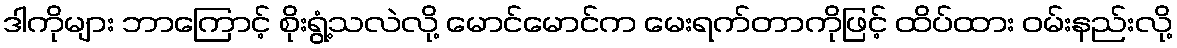
ဒါကိုများ ဘာကြောင့် စိုးရွံ့သလဲလို့ မောင်မောင်က မေးရက်တာကိုဖြင့် ထိပ်ထား ဝမ်းနည်းလို့